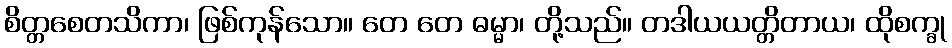
စိတ္တစေတသိကာ၊ ဖြစ်ကုန်သော။ တေ တေ ဓမ္မာ၊ တို့သည်။ တဒါယယတ္တိတာယ၊ ထိုစက္ခု